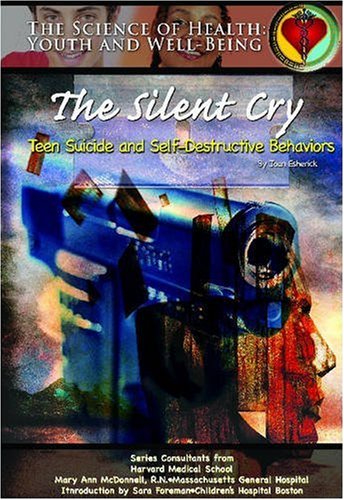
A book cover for The Silent Cry: Teen Suicide and Self-Destructive Behaviors; Joan Esherick; Teen & Young Adult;